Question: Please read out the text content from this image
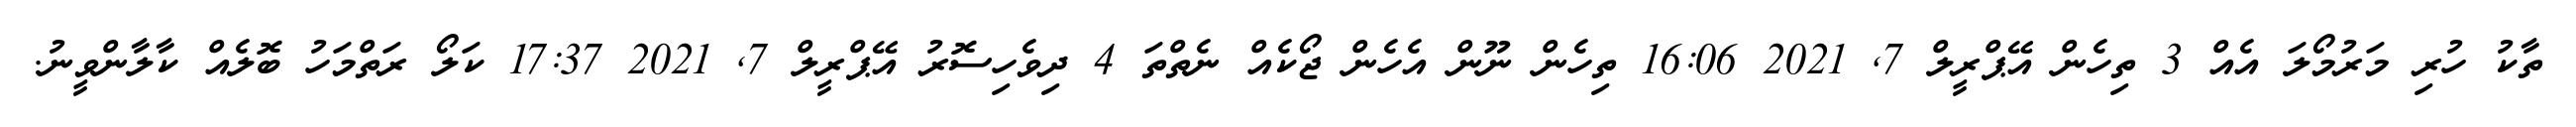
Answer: ތާކު ހުރި މަރުމޯލަ އެއް 3 ތިހެން އޭޕްރީލް 7, 2021 16:06 ތިހެން ނޫން އެހެން ޖޯކެއް ނެތްތަ 4 ދިވެހިސޮރު އޭޕްރީލް 7, 2021 17:37 ކަލޯ ރަތްމަހު ބޮލެއް ކާލާންވީނު.